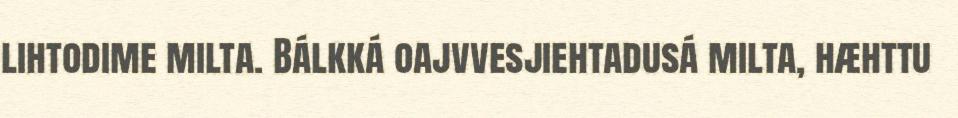
lihtodime milta. Bálkká oajvvesjiehtadusá milta, hæhttu